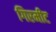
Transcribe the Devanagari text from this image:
गिरमीट